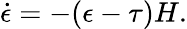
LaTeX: \dot{\epsilon}=-(\epsilon-\tau)H.